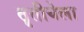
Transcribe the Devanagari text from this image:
तॄतीयेला